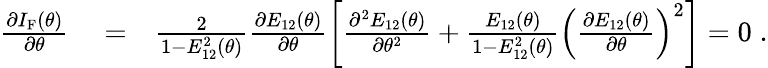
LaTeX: \begin{array}{rlr}{\frac{\partial I_{\mathrm{F}}(\theta)}{\partial\theta}}&{{}=}&{\frac{2}{1-E_{12}^{2}(\theta)}\frac{\partial E_{12}(\theta)}{\partial\theta}\left[\frac{\partial^{2}E_{12}(\theta)}{\partial\theta^{2}}+\frac{E_{12}(\theta)}{1-E_{12}^{2}(\theta)}\left(\frac{\partial E_{12}(\theta)}{\partial\theta}\right)^{2}\right]=0\; .}\end{array}